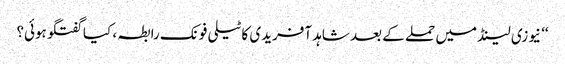
‘‘ نیوزی لینڈ میں حملے کے بعد شاہد آفریدی کا ٹیلی فونک رابطہ ، کیا گفتگو ہوئی؟